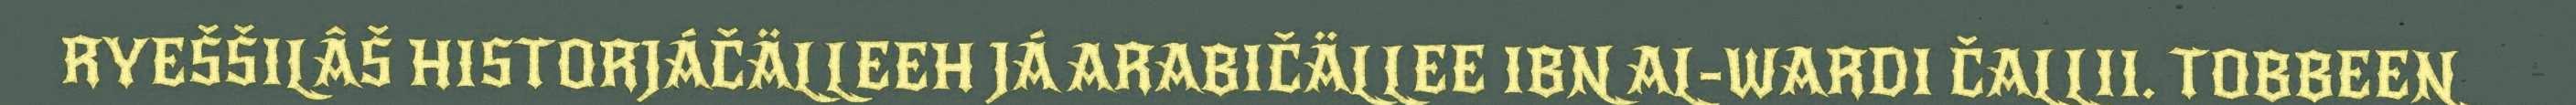
RYEŠŠILÂŠ HISTORJÁČÄLLEEH JÁ ARABIČÄLLEE IBN AL-WARDI ČALLII. TOBBEEN